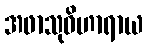
အဖာသုဝိဟာရာယ